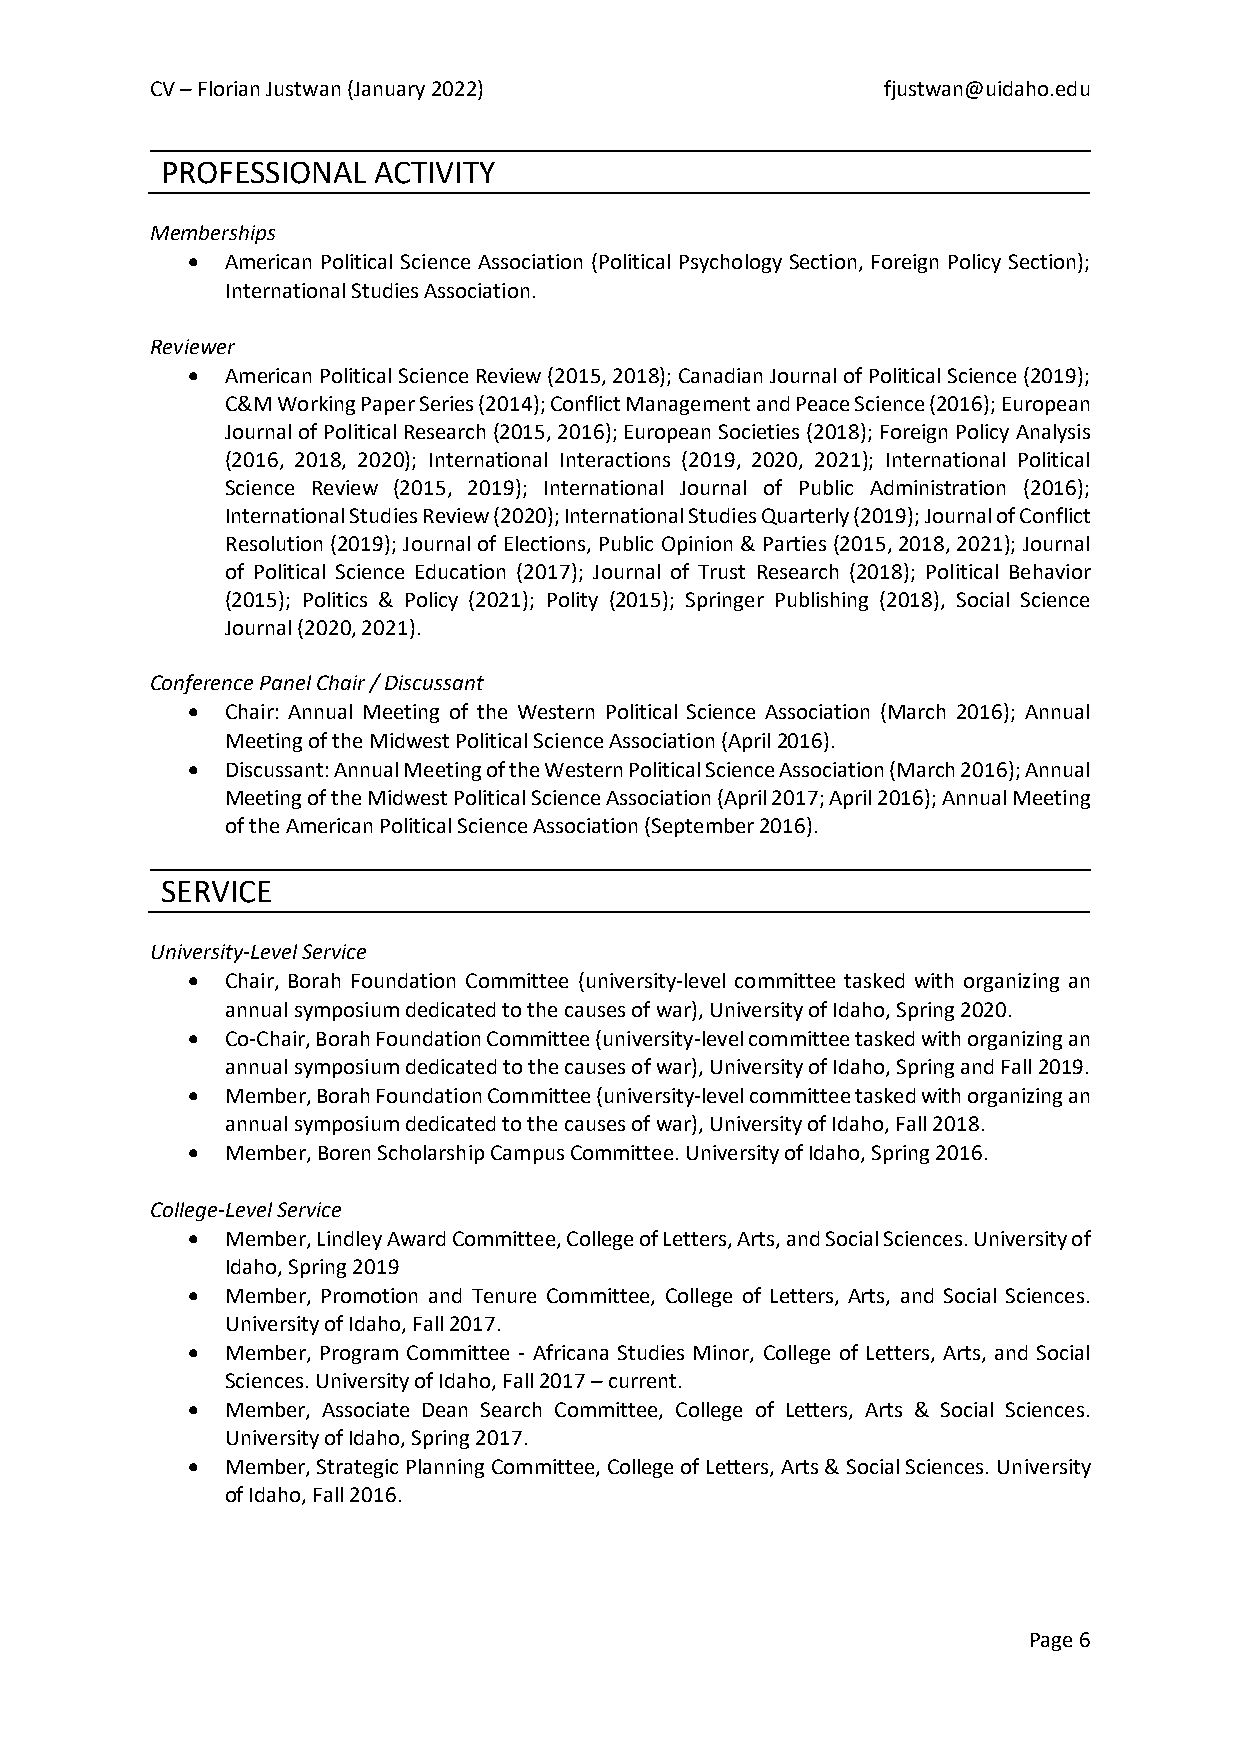
CV – Florian Justwan (January 2022)             fjustwan@uidaho.edu
 PROFESSIONAL  ACTIVITY
 Memberships
 •  American Political Science Association (Political Psychology Section, Foreign Policy Section);
 International Studies Association.
 Reviewer
 •  American Political Science Review (2015, 2018); Canadian Journal of Political Science (2019);
 C&M Working Paper Series (2014); Conflict Management and Peace Science (2016); European
 Journal of Political Research (2015, 2016); European Societies (2018); Foreign Policy Analysis
 (2016, 2018, 2020); International Interactions (2019, 2020, 2021); International Political
 Science Review (2015, 2019); International Journal of Public Administration (2016);
 International Studies Review (2020); International Studies Quarterly (2019); Journal of Conflict
 Resolution (2019); Journal of Elections, Public Opinion & Parties (2015, 2018, 2021); Journal
 of Political Science Education (2017); Journal of Trust Research (2018); Political Behavior
 (2015); Politics & Policy (2021); Polity (2015); Springer Publishing (2018), Social Science
 Journal (2020, 2021).
 Conference Panel Chair / Discussant
 •  Chair: Annual Meeting of the Western Political Science Association (March 2016); Annual
 Meeting of the Midwest Political Science Association (April 2016).
 •  Discussant: Annual Meeting of the Western Political Science Association (March 2016); Annual
 Meeting of the Midwest Political Science Association (April 2017; April 2016); Annual Meeting
 of the American Political Science Association (September 2016).
 SERVICE
 University-Level Service
 •  Chair, Borah Foundation Committee (university-level committee tasked with organizing an
 annual symposium dedicated to the causes of war), University of Idaho, Spring 2020.
 •  Co-Chair, Borah Foundation Committee (university-level committee tasked with organizing an
 annual symposium dedicated to the causes of war), University of Idaho, Spring and Fall 2019.
 •  Member, Borah Foundation Committee (university-level committee tasked with organizing an
 annual symposium dedicated to the causes of war), University of Idaho, Fall 2018.
 •  Member, Boren Scholarship Campus Committee. University of Idaho, Spring 2016.
 College-Level Service
 •  Member, Lindley Award Committee, College of Letters, Arts, and Social Sciences. University of
 Idaho, Spring 2019
 •  Member, Promotion and Tenure Committee, College of Letters, Arts, and Social Sciences.
 University of Idaho, Fall 2017.
 •  Member, Program Committee - Africana Studies Minor, College of Letters, Arts, and Social
 Sciences. University of Idaho, Fall 2017 – current.
 •  Member, Associate Dean Search Committee, College of Letters, Arts & Social Sciences.
 University of Idaho, Spring 2017.
 •  Member, Strategic Planning Committee, College of Letters, Arts & Social Sciences. University
 of Idaho, Fall 2016.
 Page 6